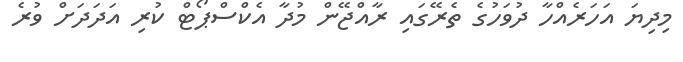
މިދިޔަ އަހަރެއްހާ ދުވަހުގެ ތެރޭގައި ރާއްޖޭން މުދާ އެކްސްޕޯޓް ކުރި އަދަދަށް ވުރެ